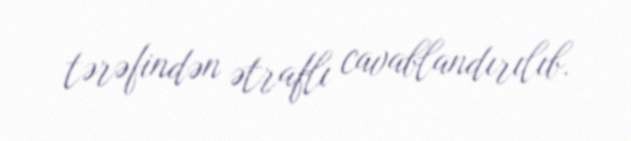
tərəfindən ətraflı cavablandırılıb.